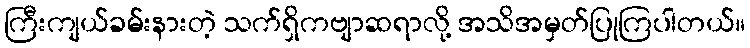
ကြီးကျယ်ခမ်းနားတဲ့ သက်ရှိကဗျာဆရာလို့ အသိအမှတ်ပြုကြပါတယ်။